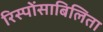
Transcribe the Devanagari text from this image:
रिस्पोंसाबिलिता